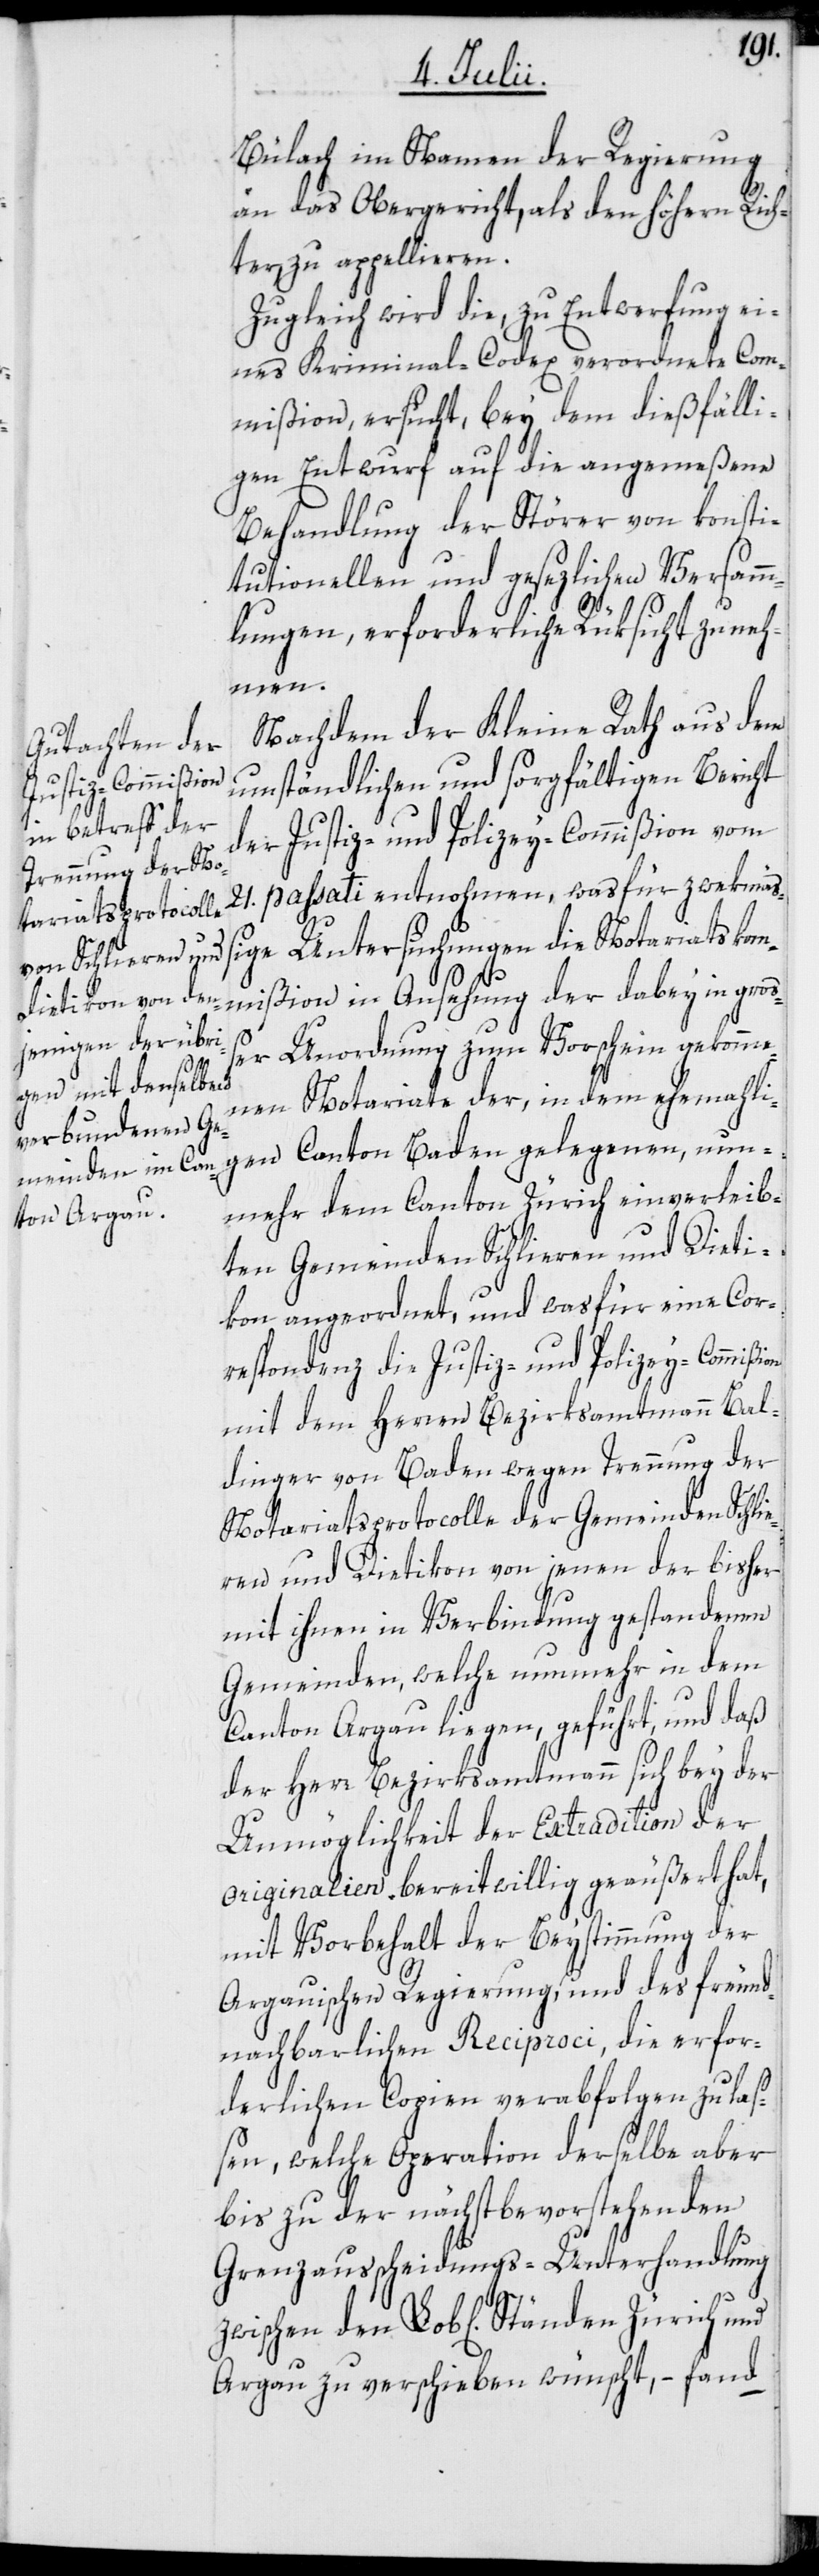
Bülach im Namen der Regierung
an das Obergericht, als den höhern Rich¬
ter, zu appellieren.
Zugleich wird die, zu Entwerfung ei¬
nes Kriminal-Codex verordnete Com¬
mißion, ersucht, bey dem dießfälli¬
gen Entwurf auf die angemeßene
Behandlung der Störer von konsti¬
tutionellen und gesezlichen Versamm¬
ßion
lungen, erforderliche Rüksicht zu neh¬
men.
Nachdem der Kleine Rath aus dem
umständlichen und sorgfältigen Bericht
der Justiz- und Polizey-Commißion vom
21. passati entnohmen, was für zwekmäß¬
ige Untersuchungen die Notariatskom¬
mißion in Ansehung der dabey in groß¬
er Unordnung zum Vorschein gekomme¬
nen Notariate der, in dem ehemahli¬
gen Canton Baden gelegenen, nun¬
mehr dem Canton Zürich einverleib¬
ten Gemeinden Schlieren und Dieti¬
kon angeordnet, und was für eine Cor¬
respondenz die Justiz- und Polizey-Commi¬
mit dem Herren Bezirksamtmann Bal¬
dinger von Baden wegen Trennung der
Notariatsprotocolle der Gemeinden Schli¬
eren und Dietikon von jenen der bisher
mit ihnen in Verbindung gestandenen
Gemeinden, welche nunmehr in dem
Canton Argau liegen, geführt, und daß
der Herr Bezirksamtmann sich bey der
Unmöglichkeit der Extradition der
Originalien bereitwillig geäußert hat,
mit Vorbehalt der Beystimmung der
Argauischen Regierung, und des freund¬
nachbarlichen Reciproci, die erfor¬
derlichen Copien verabfolgen zu laß¬
en, welche Operation derselbe aber
bis zu der nächstbevorstehenden
Grenzausscheidungs-Unterhandlung
Argau zu verschieben wünscht, – fand